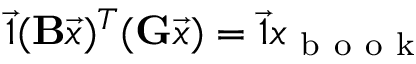
\vec { 1 } ( \mathbf { B } \vec { x } ) ^ { T } ( \mathbf { G } \vec { x } ) = \vec { 1 } x _ { \mathrm { ~ b ~ o ~ o ~ k ~ } }